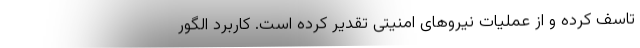
تاسف کرده و از عملیات نیروهای امنیتی تقدیر کرده است. کاربرد الگور